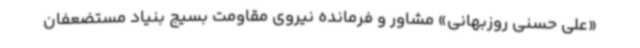
«علی حسنی روزبهانی» مشاور و فرمانده نیروی مقاومت بسیج بنیاد مستضعفان